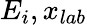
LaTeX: E_{i},x_{lab}